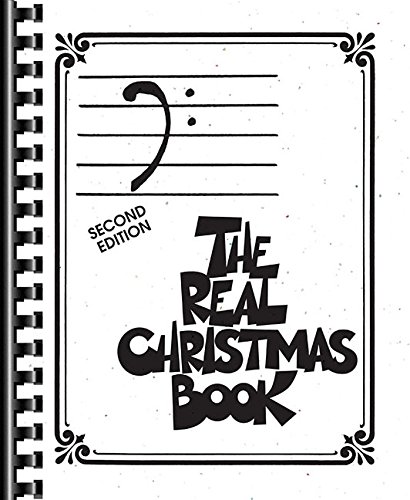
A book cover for The Real Christmas Book: Bass Clef Edition; Christian Books & Bibles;